Annual statistical returns and brief notes on vaccination in Bengal - 1887-1898
Year: 1887
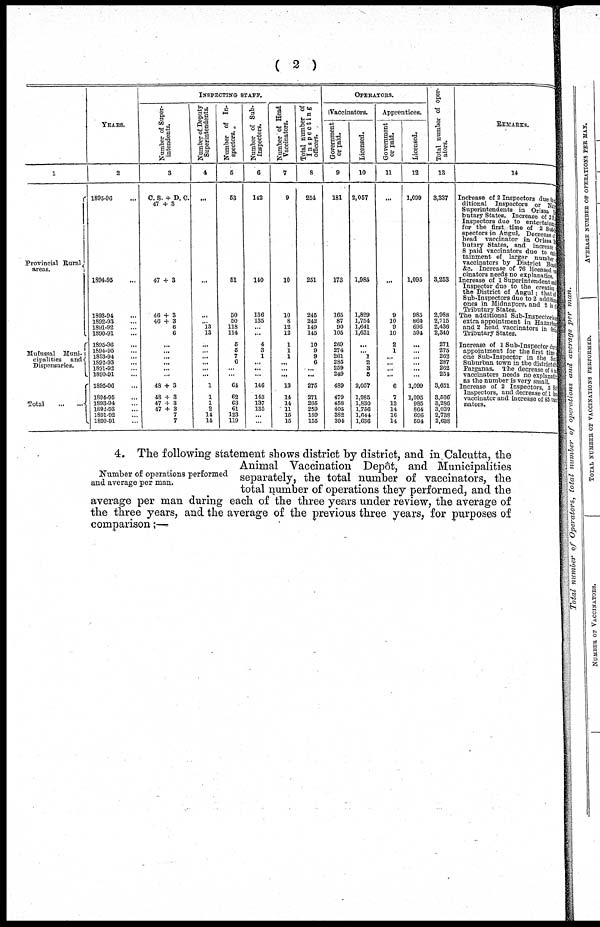
( 2 )
1
Provincial Rural
areas.
Mufussal Muni¬
cipalities and
Dispensaries.
Total
...
...
YEARS.
2
1895-96 ...
1894-95 ...
1893-94 ...
1892-93 ...
1891-92 ...
1890-91 ...
1895-96 ...
1894-95 ...
1893-94 ...
1892-93 ...
1891-92 ...
1890-91 ...
1895-96 ...
1894-95 ...
1893-94 ...
1892-93 ...
1891-92 ...
1890-91 ...
INSPECTING STAFF.
Number of Super-
intendents.
3
C. S. + D. C.
47+3
47 + 3
46 + 3
46 + 3
6
6
...
...
...
...
...
...
48 + 3
48 + 3
47 + 3
47 + 3
7
7
Number of Deputy
Superintendents.
4
...
...
...
... 13
13
...
...
...
...
...
...
1
1
1
2
14
14
Number of In-
spectors.
5
53
51
50
50
118
114
5
5
7
6
...
...
64
62
63
61
123
119
Number of Sub¬
Inspectors.
6
142
140
136
135
...
...
4
3
1
...
...
...
146
143
137
135
...
...
Number of Head
Vaccinators.
7
9
10
10
8
12
12
1
1
1
...
...
...
13
14
14
11
15
15
Total number of
Inspecting
officers.
8
254
251
245
242
149
145
10
9
9
6
...
...
275
271
265
259
159
155
OPERATORS.
Vaccinators.
Government
or paid.
9
181
173
165
87
90
105
269
274
261
285
259
249
489
479
458
405
332
394
Licensed.
10
2,057
1,985
1,829
1,754
1,641
1,631
...
... 1
2
3
5
2,057
1,985
1,830
1,756
1,644
1,636
Apprentices.
Government
or paid.
11
...
...
9
10
9
10
2
1
...
...
...
...
6
7
13
14
16
14
Licensed.
12
1,099
1,095
985
864
696
594
...
...
...
...
...
...
1,099
1,095
985
864
696
594
Total number of oper-
ators.
13
3,337
3,253
2,988
2,715
2,436
2,340
271
275
262
287
262
254
3,651
3,566
3,286
3,039
2,738
2,638
REMARKS.
14
Increase of 2 Inspectors due to
ditional Inspectors or Native
Superintendents in Orissa
butary States. Increase of 2 Staff
Inspectors due to entertainment
for the first time of 2 Sub-in¬
spectors in Angul. Decreased
head vaccinator in Orissa
butary States, and increase
8 paid vaccinators due to enter¬
tainment of larger number
vaccinators by District Boand
&c. Increase of 76 licensed va¬
cinators needs no explanation.
Increase of 1 Superintendent and
Inspector due to the creation
the District of Angul; that of
Sub-Inspectors due to 2 addition
ones in Midnapore, and 2 in the
Tributary States.
The additional Sub-Inspector is an
extra appointment in Hazarabad
and 2 head vaccinators in Ori sa
Tributary States.
Increase of 1 Sub-Inspector due to
appointment for the first time
one Sub-Inspector in the Sonth
Suburban town in the district off
Parganas. The decrease of 4
vaccinators needs no explanations
as the number is very small.
Increase of 2 Inspectors, 3 Sub
Inspectors, and decrease of 1 head
vaccinator and increase of 85 vacci¬
nators.
Number of operations performed
and average per man.
4. The following statement shows district by district, and in Calcutta, the
Animal Vaccination Depôt, and Municipalities
separately, the total number of vaccinators, the
total number of operations they performed, and the
average per man during each of the three years under review, the average of
the three years, and the average of the previous three years, for purposes of
comparison:—